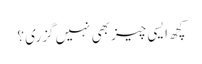
کچھ ایسی چیز بھی نہیں گزری ؟